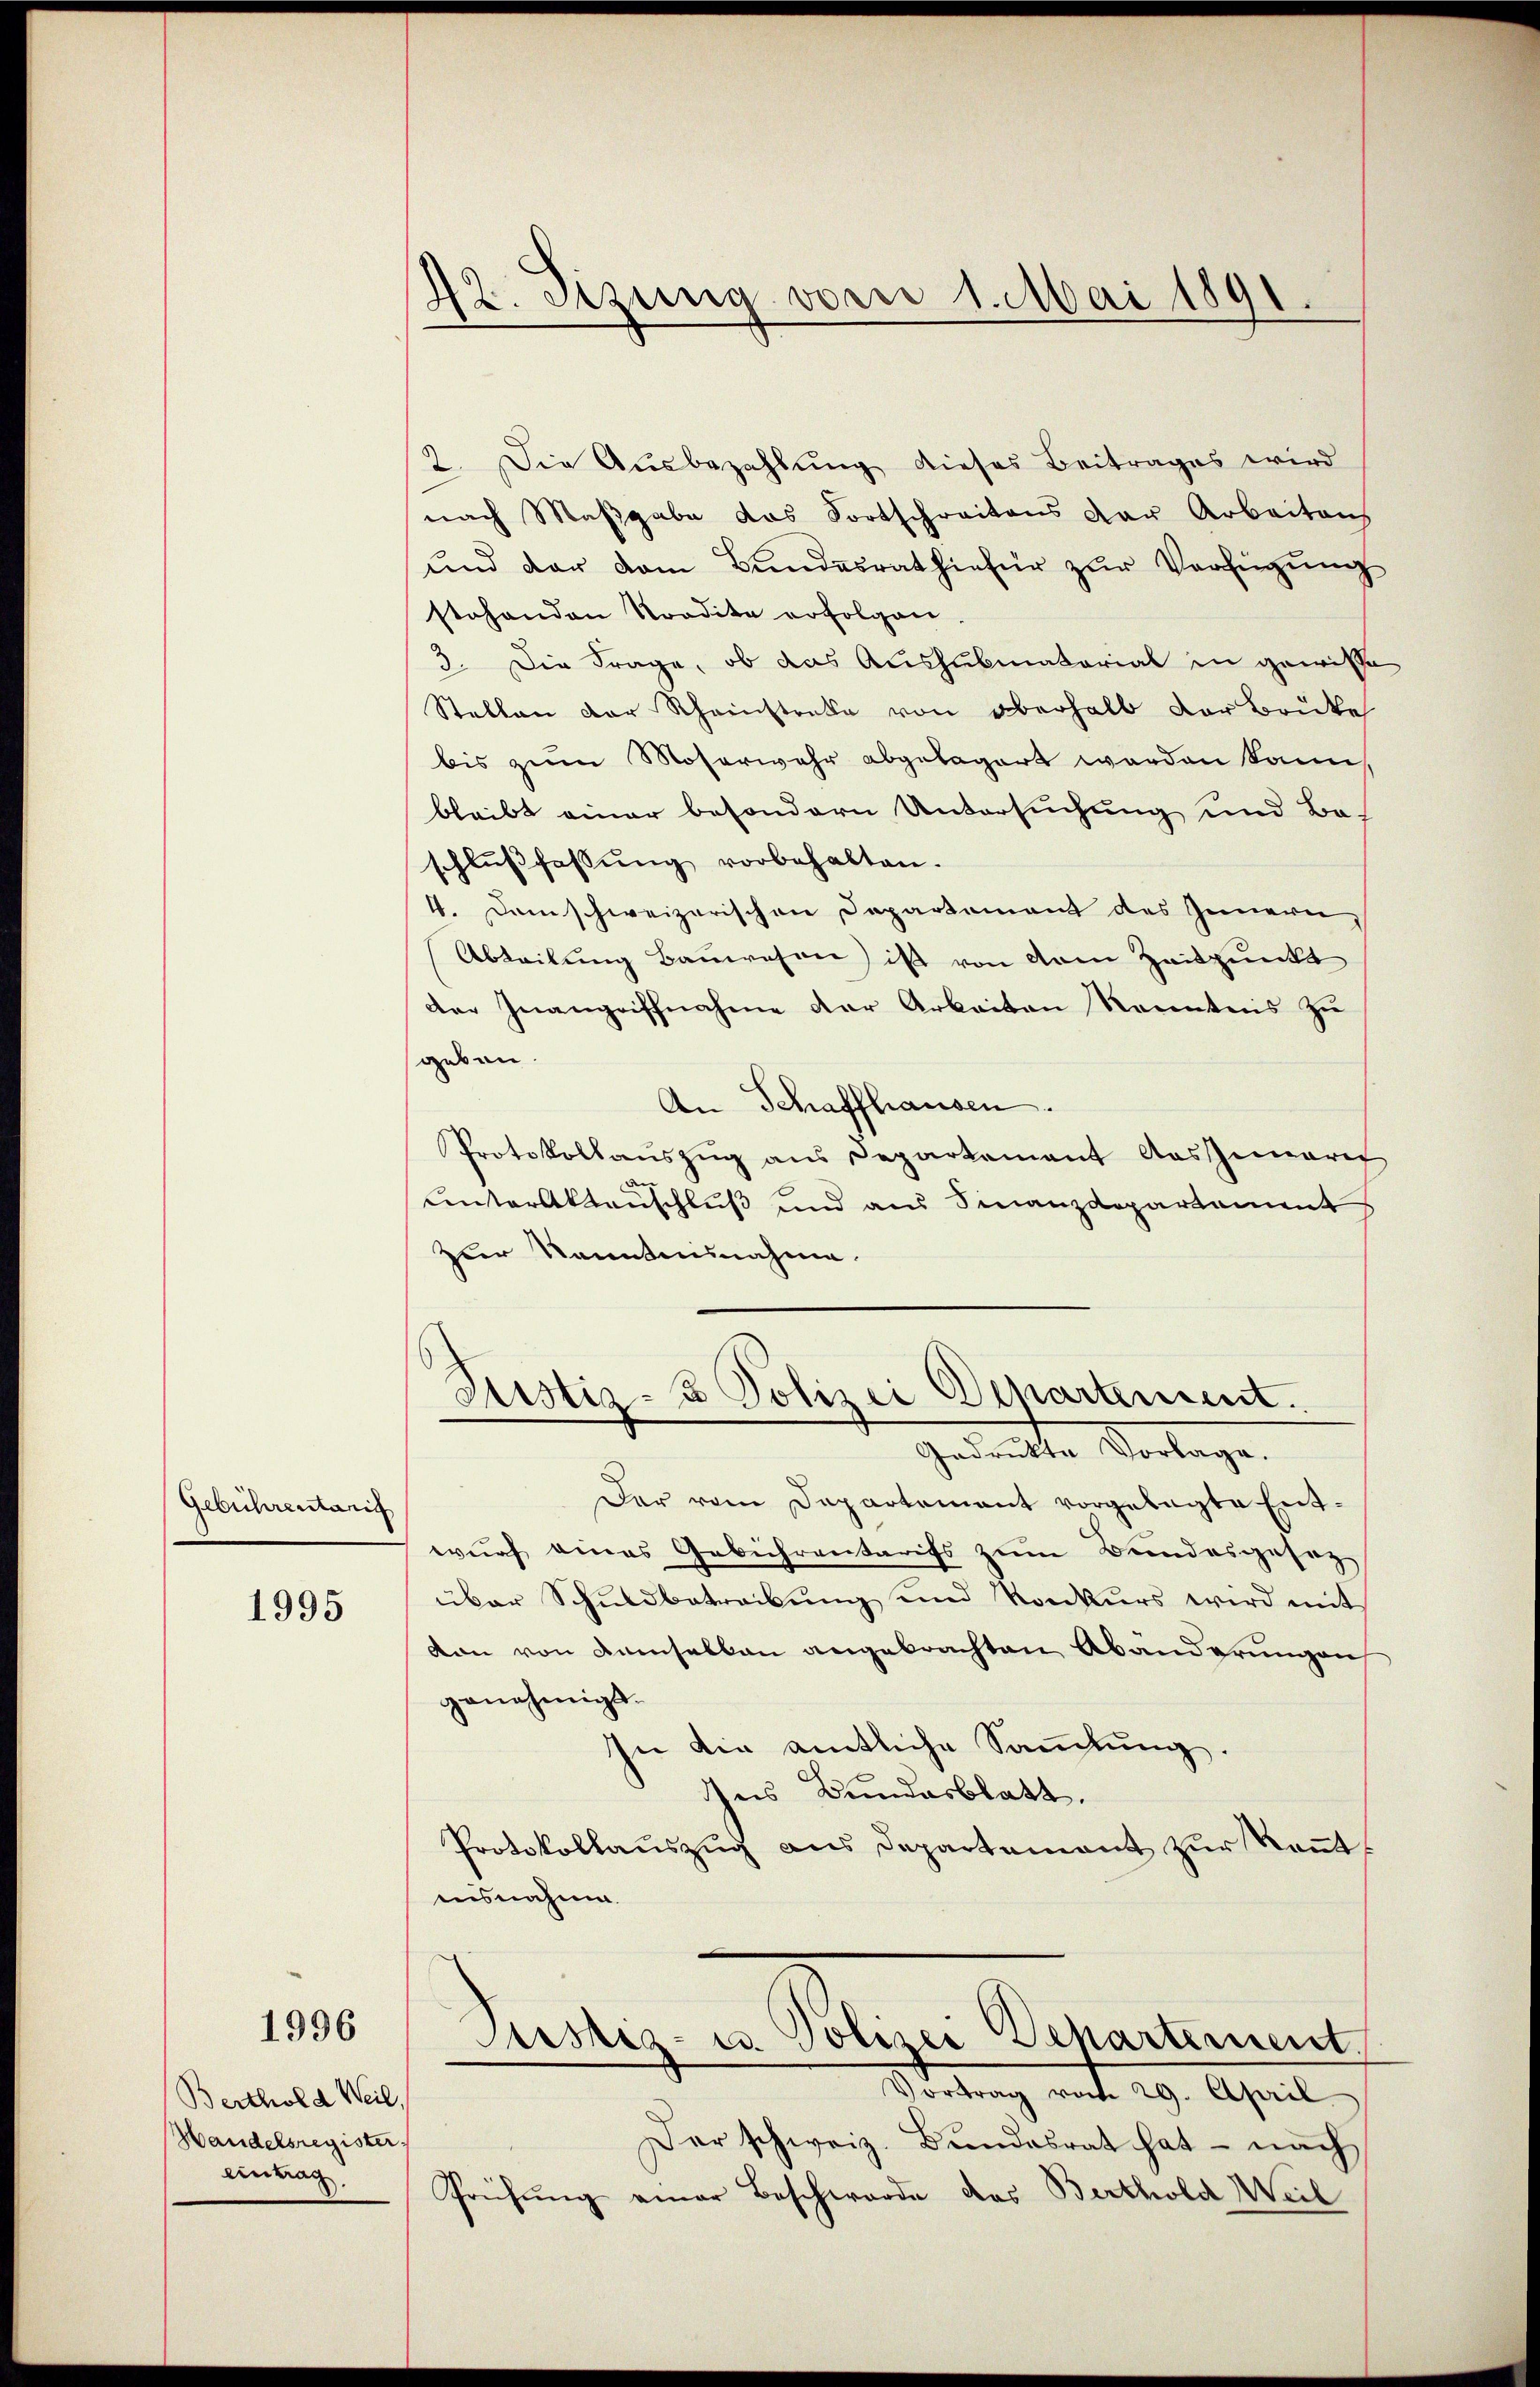
Gebührentari

1995

1996

Berthold Weil.
Handelsregister.
Eintrag.

42. Sizung vom 1. Mai 1891.

2. Die Ausbezahlung dieses Beitrages wird
nach Maβgabe das Fortschreitens der Arbeiten,
und der vom Bundesrathiefür zŭr Verfügung
stehenden Tradita erfolgen.
3. Die Frage, ob das Aushubmatorial in gewisse
Stellen der Rheinstrate von überhalb der Brücke
bis zum Moserwehr abgelegert worden kann,
bleibt einer besondern Untersuchung und Be-
schlußfassŭng vorbehalten.
4. Dem schweizerischen Departement des Innern,
Abteilung Bauwesen ist von dem Zeitpunkt
der Inangriffnahme der Arbeiten Racentens zu
geben.
An Schaffhausen.
Protokollauszug aus Departement Auszumarit
untertauschluß und aus Finanzdepartament
Zuer kanntensnahme.
Justiz- & Polizei Departement.
Gedankte Vorlage.
Der vom Departement vorgelegte Entwurf eines Gebührentarifs zum Bundesgesetz-
über Schuldbetreibung und Konkurs wird mit
don von Ramselben angebrachten Abänderungen
genehmigt.
In die amtliche Sammlung.
Ins Bundesblatt.
Protokollauszug aus Departement zur Kenntausnahme.
Justiz- u. Polizei Departement.
Wertung mit 29. April
Der schweiz. Bundesrat hat - nach
Prühung einer Beschwerde des Berthold Weil